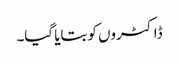
ڈاکٹروں کو بتایا گیا۔